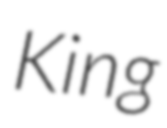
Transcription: King